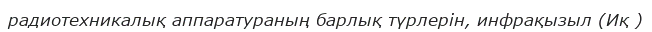
радиотехникалық аппаратураның барлық түрлерін, инфрақызыл (Иқ )